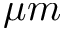
\mu m